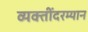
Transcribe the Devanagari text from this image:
व्यक्तींदरम्यान